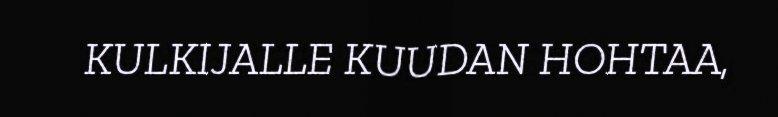
KULKIJALLE KUUDAN HOHTAA,